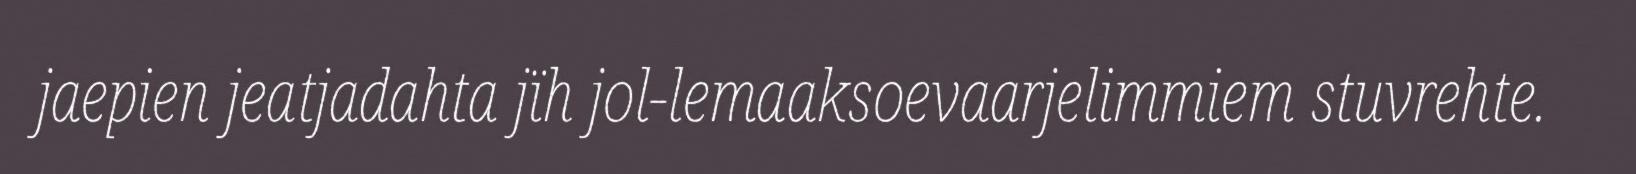
jaepien jeatjadahta jïh jol-lemaaksoevaarjelimmiem stuvrehte.